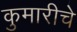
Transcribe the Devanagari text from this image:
कुमारीचे